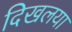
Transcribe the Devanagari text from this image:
दिखलया